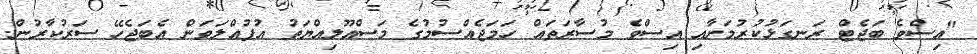
"އިސްވެ ބަޖެޓް ރަނގަޅުކުރުމަށާއި އިސްވެ މުސާރަތައް ހަމަޖެއްސުމުގެ މަސްއޫލިއްޔަތު އުފުއްލަވަން އެބަޖެހޭ ސަރުކާރުން.